Annual report on the health of the army in India
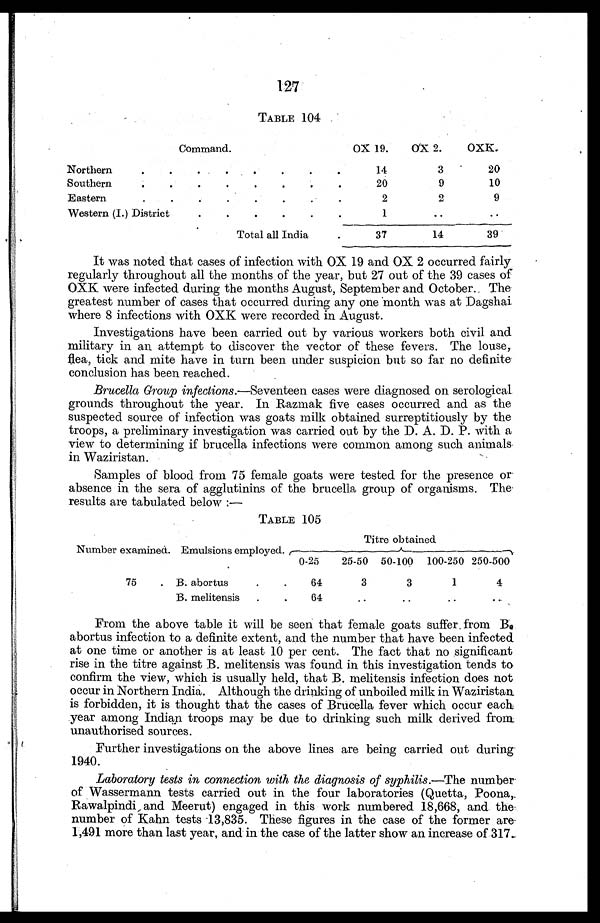
127
TABLE 104
Command.
OX 19.
OX 2.
OXK.
Northern . . .
14
3
20
Southern . . .
20
9
10
Eastern . . .
2
2
9
Western (I.) District . . .
1
. . .
. . .
Total all India . . .
37
14
39
It was noted that cases of infection with OX 19 and OX 2 occurred fairly
regularly throughout all the months of the year, but 27 out of the 39 cases of
OXK were infected during the months August, September and October. The
greatest number of cases that occurred during any one month was at Dagshai
where 8 infections with OXK were recorded in August.
Investigations have been carried out by various workers both civil and
military in an attempt to discover the vector of these fevers. The louse,
flea, tick and mite have in turn been under suspicion but so far no definite
conclusion has been reached.
Brucella Group infections.—Seventeen cases were diagnosed on serological
grounds throughout the year. In Razmak five cases occurred and as the
suspected source of infection was goats milk obtained surreptitiously by the
troops, a preliminary investigation was carried out by the D. A. D. P. with a
view to determining if brucella infections were common among such animals
in Waziristan.
Samples of blood from 75 female goats were tested for the presence or
absence in the sera of agglutinins of the brucella group of organisms. The
results are tabulated below:—
TABLE 105
Titre obtained.
Number examined. Emulsions employed.
0-25
25-50
50- 100 100-250 250-500
75 . . . B. abortus . . .
64
3
3
1
4
B. melitensis . . .
6
. . .
. . .
. . .
. . .
From the above table it will be seen that female goats suffer from B .
abortus infection to a definite extent, and the number that have been infected
at one time or another is at least 10 per cent. The fact that no significant
rise in the titre against B. melitensis was found in this investigation tends to
confirm the view, which is usually held, that B. melitensis infection does not
occur in Northern India. Although the drinking of unboiled milk in Waziristan
is forbidden, it is thought that the cases of Brucella fever which occur each
year among Indian troops may be due to drinking such milk derived from
unauthorised sources.
Further investigations on the above lines are being carried out during
1940.
Laboratory tests in connection with the diagnosis of syphilis.—The number
of Wassermann tests carried out in the four laboratories (Quetta, Poona,
Rawalpindi , and Meerut) engaged in this work numbered 18,668, and the
number of Kahn tests 13,835. These figures in the case of the former are
1,491 more than last year, and in the case of the latter show an increase of 317.